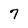
Character: 7